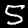
Label: 5